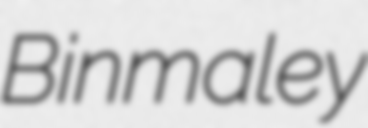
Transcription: Binmaley